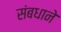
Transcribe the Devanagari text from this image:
संबधाने